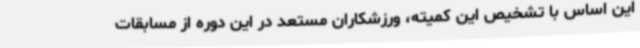
این اساس با تشخیص این کمیته، ورزشکاران مستعد در این دوره از مسابقات